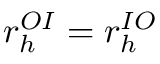
r _ { h } ^ { O I } = r _ { h } ^ { I O }